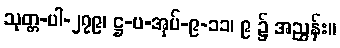
သုတ္တ-ပါ-၂၇၉၊ ဋ္ဌ-ပ-အုပ်-၉-၁၁၊ ၉ ၌ အညွှန်း။